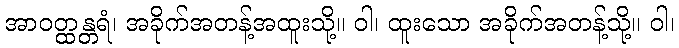
အာဝတ္ထန္တရံ၊ အခိုက်အတန့်အထူးသို့။ ဝါ၊ ထူးသော အခိုက်အတန့်သို့။ ဝါ၊